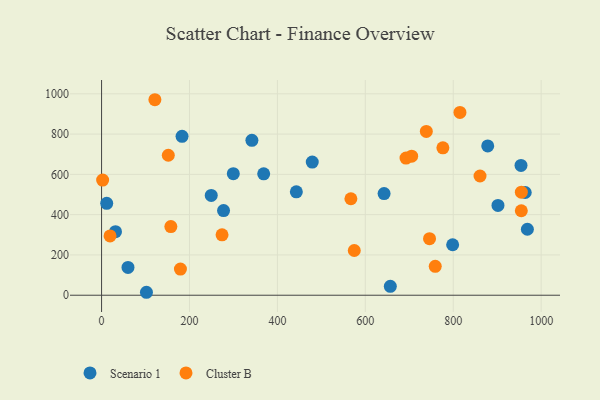
{"axis": {"x": "Study Hours", "y": "Demand"}, "legend": ["Cluster B", "Scenario 1"], "data": [{"x": "31.7", "y": 315.4, "type": "Scenario 1"}, {"x": "342.0", "y": 769.1, "type": "Scenario 1"}, {"x": "60.1", "y": 137.8, "type": "Scenario 1"}, {"x": "798.7", "y": 250.6, "type": "Scenario 1"}, {"x": "11.7", "y": 456.4, "type": "Scenario 1"}, {"x": "368.8", "y": 602.5, "type": "Scenario 1"}, {"x": "642.7", "y": 504.4, "type": "Scenario 1"}, {"x": "656.9", "y": 44.0, "type": "Scenario 1"}, {"x": "901.8", "y": 446.0, "type": "Scenario 1"}, {"x": "479.3", "y": 661.1, "type": "Scenario 1"}, {"x": "102.1", "y": 14.6, "type": "Scenario 1"}, {"x": "954.2", "y": 644.3, "type": "Scenario 1"}, {"x": "963.8", "y": 509.9, "type": "Scenario 1"}, {"x": "443.1", "y": 513.1, "type": "Scenario 1"}, {"x": "968.7", "y": 327.6, "type": "Scenario 1"}, {"x": "878.5", "y": 741.4, "type": "Scenario 1"}, {"x": "183.1", "y": 788.9, "type": "Scenario 1"}, {"x": "249.5", "y": 495.5, "type": "Scenario 1"}, {"x": "299.7", "y": 603.6, "type": "Scenario 1"}, {"x": "277.5", "y": 420.4, "type": "Scenario 1"}, {"x": "157.6", "y": 340.7, "type": "Cluster B"}, {"x": "574.9", "y": 222.0, "type": "Cluster B"}, {"x": "954.9", "y": 419.3, "type": "Cluster B"}, {"x": "151.8", "y": 694.9, "type": "Cluster B"}, {"x": "815.3", "y": 907.7, "type": "Cluster B"}, {"x": "759.1", "y": 143.5, "type": "Cluster B"}, {"x": "955.0", "y": 511.6, "type": "Cluster B"}, {"x": "2.4", "y": 571.6, "type": "Cluster B"}, {"x": "776.5", "y": 731.6, "type": "Cluster B"}, {"x": "861.0", "y": 592.0, "type": "Cluster B"}, {"x": "738.8", "y": 813.2, "type": "Cluster B"}, {"x": "179.4", "y": 130.0, "type": "Cluster B"}, {"x": "692.6", "y": 680.8, "type": "Cluster B"}, {"x": "746.1", "y": 280.5, "type": "Cluster B"}, {"x": "19.3", "y": 294.5, "type": "Cluster B"}, {"x": "274.1", "y": 299.8, "type": "Cluster B"}, {"x": "121.3", "y": 970.6, "type": "Cluster B"}, {"x": "705.4", "y": 690.4, "type": "Cluster B"}, {"x": "567.2", "y": 479.0, "type": "Cluster B"}]}